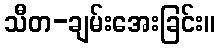
သီတ-ချမ်းအေးခြင်း။